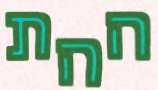
ההת